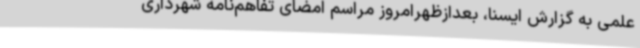
علمی به گزارش ایسنا، بعدازظهرامروز مراسم امضای تفاهم‌نامه شهرداری